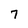
Character: 7